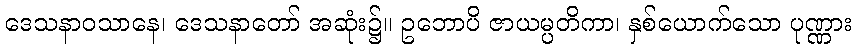
ဒေသနာဝသာနေ၊ ဒေသနာတော် အဆုံး၌။ ဥဘောပိ ဇာယမ္ပတိကာ၊ နှစ်ယောက်သော ပုဏ္ဏား